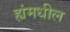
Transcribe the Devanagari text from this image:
ह्यंमधील